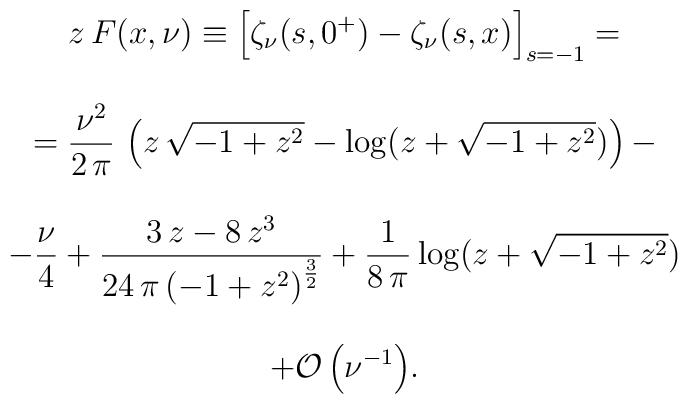
\begin{array}{c}\displaystyle{ z\, F(x,\nu) \equiv \left[ \zeta_\nu(s,0^+) -  \zeta_\nu(s,x)\right]_{s=-1}=}\\ \\  \displaystyle{  = {\frac{{{\nu }^2} }{2\,\pi }} \,      \left( z\,{\sqrt{-1 + {z^2}}} -        \log (z + {\sqrt{-1 + {z^2}}}) \right) - }\\ \\        \displaystyle{   - {\frac{\nu}{4}} + {\frac{3\,z - 8\,{z^3}}    {24\,\pi \,{{\left( -1 + {z^2} \right) }^        {{\frac{3}{2}}}}}} +  {\frac{1}{8\,\pi }}\, {\log (z +       {\sqrt{-1 + {z^2}}})}       }\\ \\ \displaystyle{+ {\cal O}\left(\nu^{-1}\right)}.\end{array}